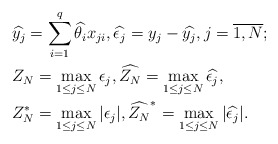
\begin{align*}&\widehat{y_j}=\sum_{i=1}^q \widehat{\theta_i}x_{ji}, \widehat{\epsilon_j}= y_j - \widehat{y_j},j=\overline{1,N};\\&Z_N = \max_{1\leq j \leq N}\epsilon_j, \widehat{Z_N} = \max_{1\leq j \leq N}\widehat{\epsilon_j},\\&Z_N^* = \max_{1\leq j \leq N}|\epsilon_j|, \widehat{Z_N}^* = \max_{1\leq j \leq N}|\widehat{\epsilon_j}|.\end{align*}